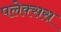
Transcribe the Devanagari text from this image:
पलेक्सस